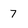
Character: 7